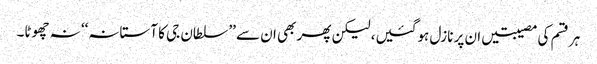
ہر قسم کی مصیبتیں ان پر نازل ہوگئیں، لیکن پھر بھی ان سے ’’سلطان جی کا آستانہ‘‘ نہ چھوٹا۔